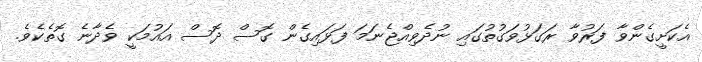
އެކަށީގެންވާ ފަރުވާ ރަގަޅުވަގުތުގައި ނުދެވިއްޖެނަމަ ފަޅައިގެން ގޮސް ދޮސް އައުމަކީ ވެދާނެ ގޮތެކެވެ.